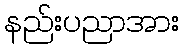
နည်းပညာအား